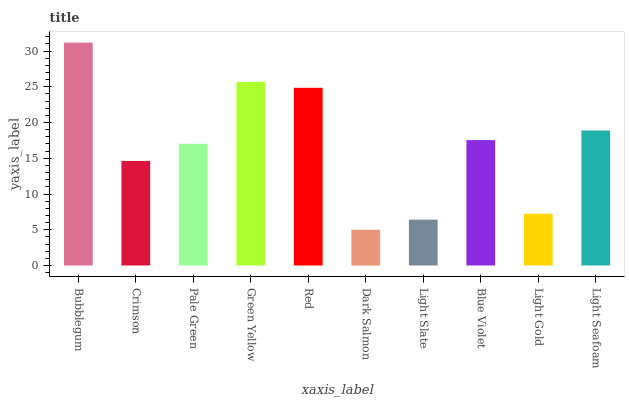
| xaxis_label | bars |
 | --- | --- |
 | Bubblegum | 31.2 |
 | Crimson | 14.6 |
 | Pale Green | 17 |
 | Green Yellow | 25.7 |
 | Red | 24.9 |
 | Dark Salmon | 5 |
 | Light Slate | 6.41 |
 | Blue Violet | 17.5 |
 | Light Gold | 7.25 |
 | Light Seafoam | 18.9 |